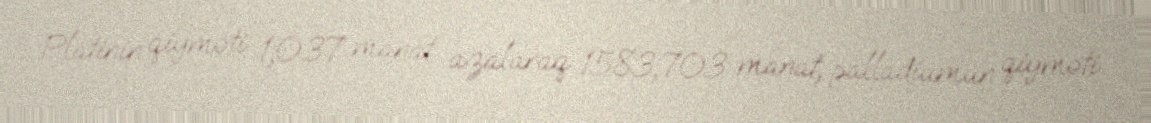
Platinin qiyməti 1,037 manat azalaraq 1583,703 manat, palladiumun qiyməti